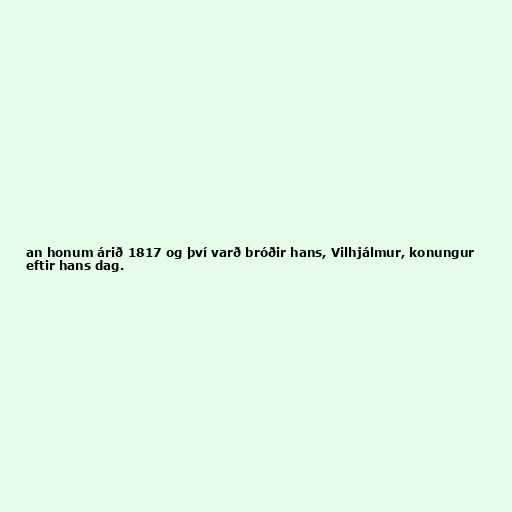
an honum árið 1817 og því varð bróðir hans, Vilhjálmur, konungur
eftir hans dag.